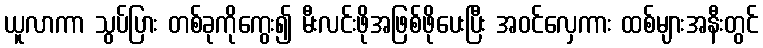
ယူလာကာ သွပ်ပြား တစ်ခုကိုကွေး၍ မီးလင်းဖိုအဖြစ်ဖိုပေးပြီး အဝင်လှေကား ထစ်များအနီးတွင်